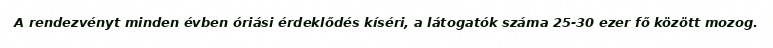
A rendezvényt minden évben óriási érdeklődés kíséri, a látogatók száma 25-30 ezer fő között mozog.